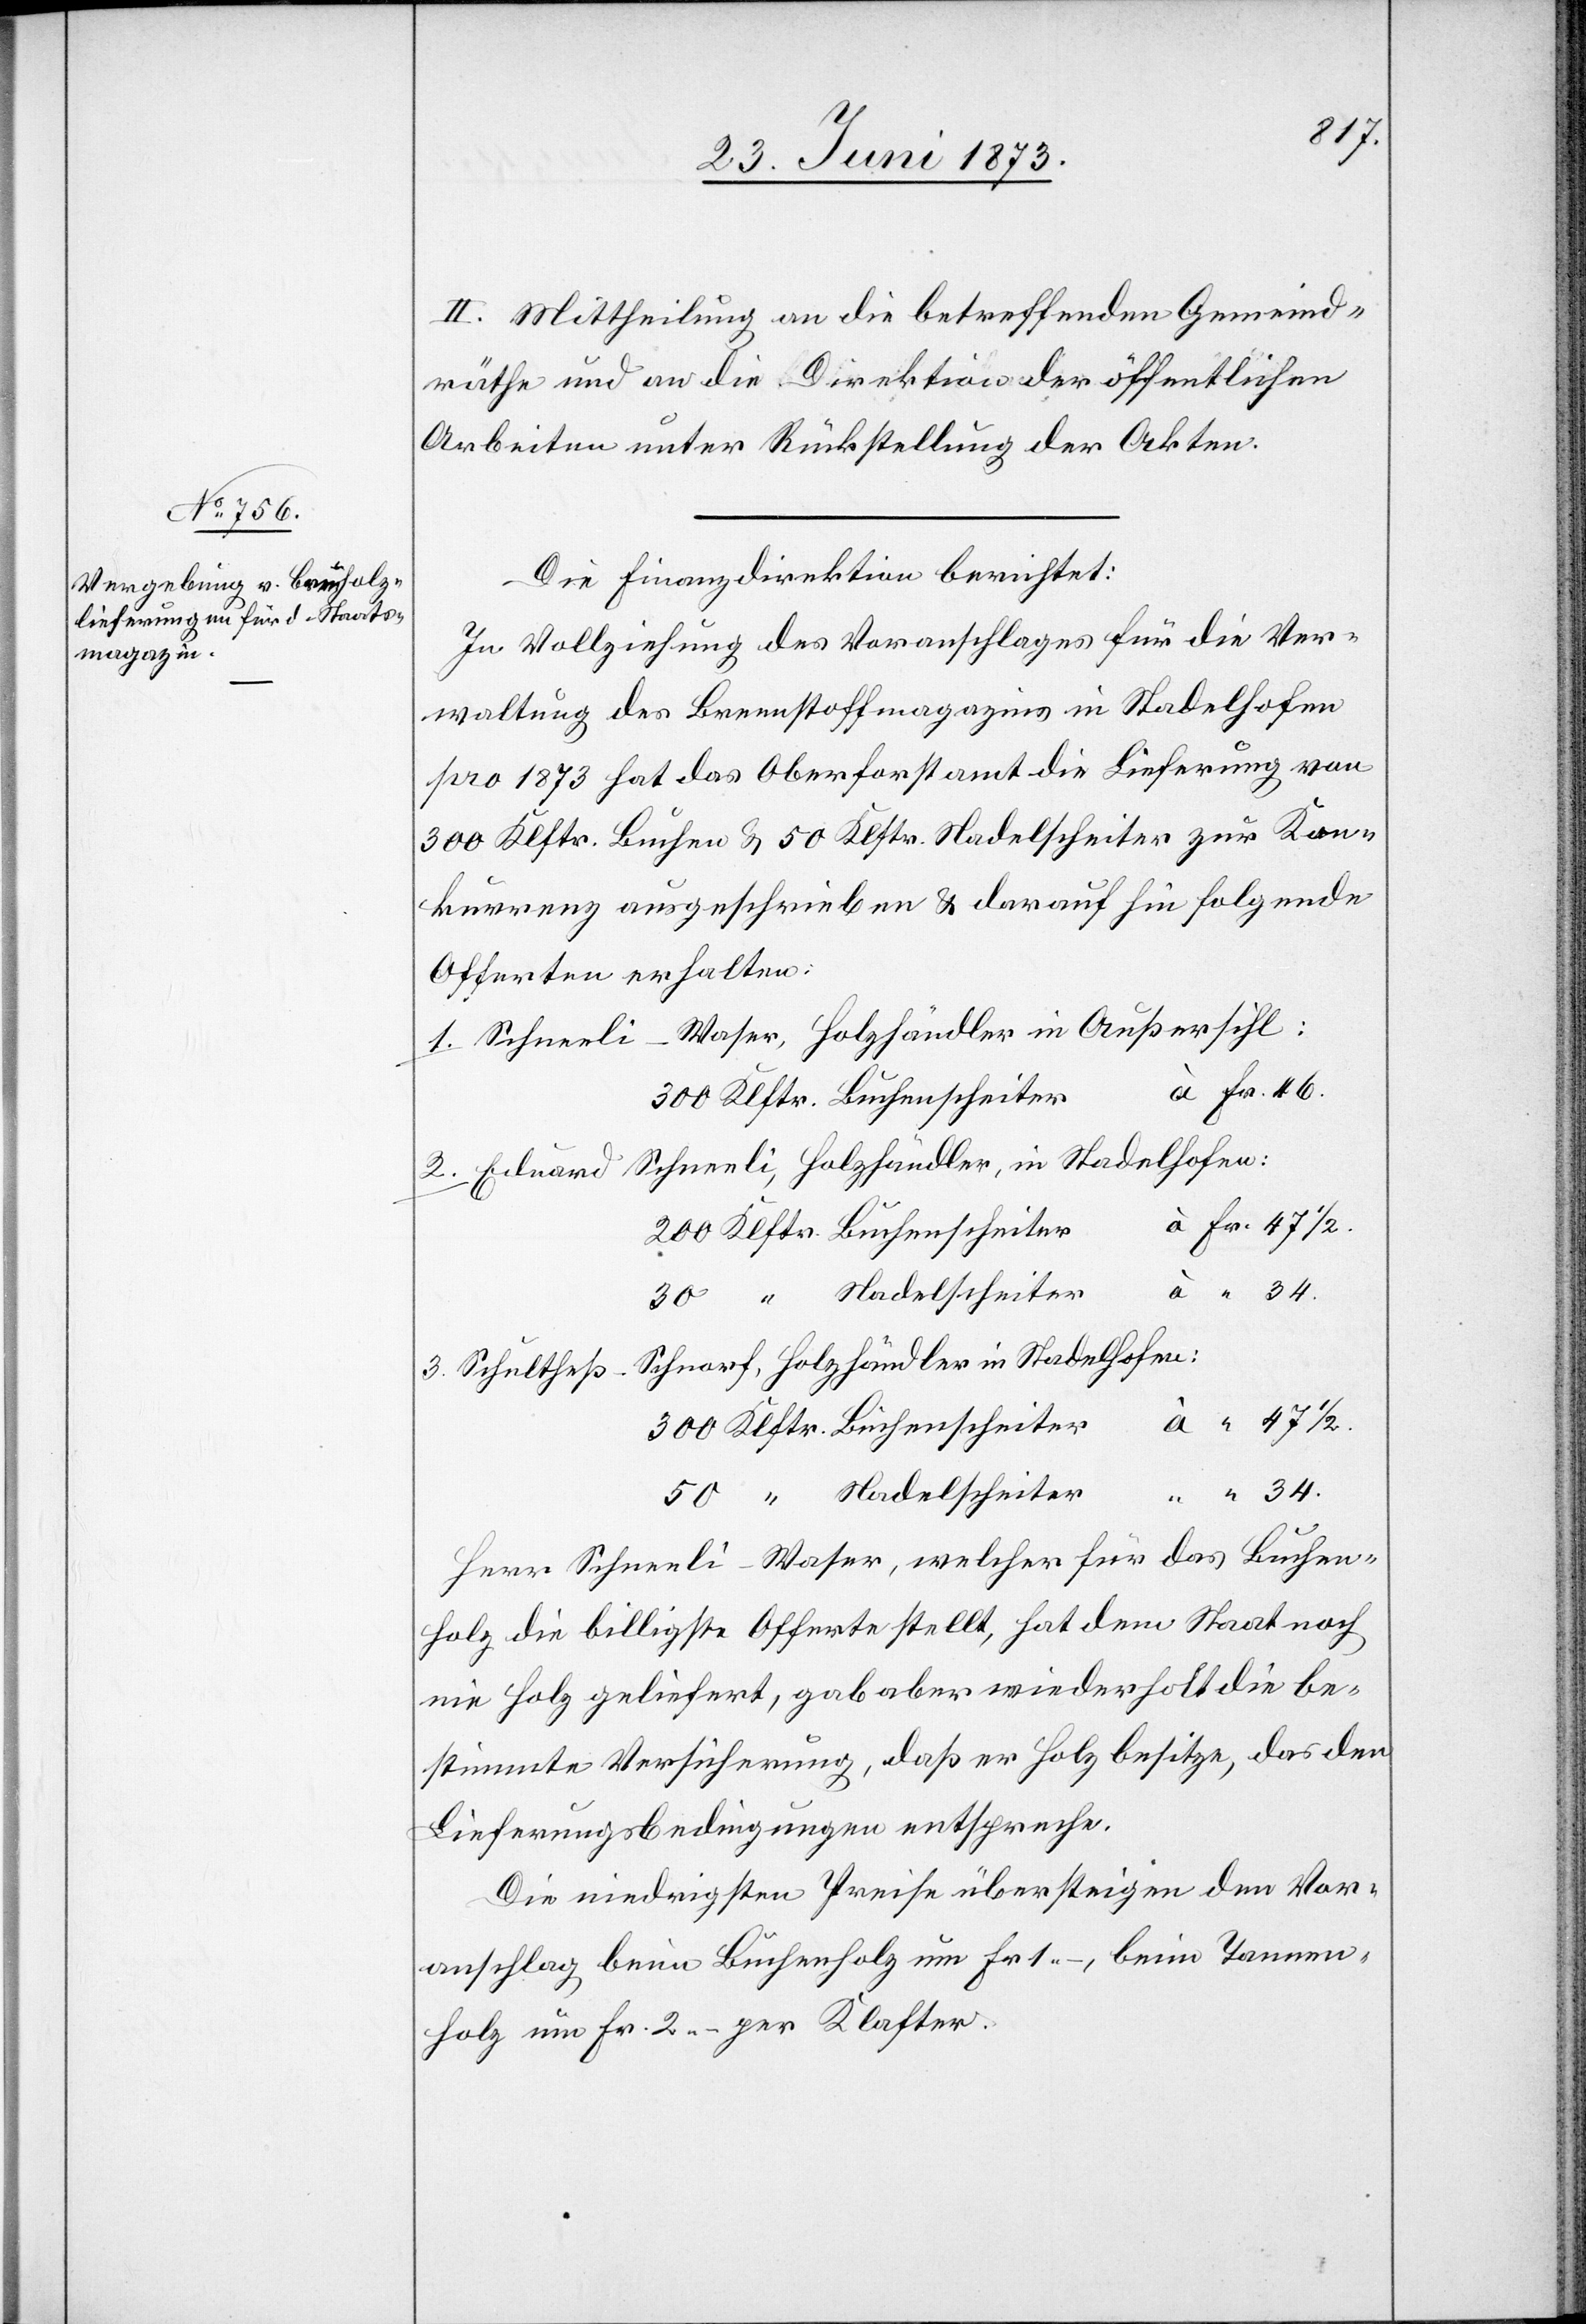
II. Mittheilung an die betreffenden Gemeind¬
räthe und an die Direktion der öffentlichen
Arbeiten unter Rückstellung der Akten.
Die Finanzdirektion berichtet:
In Vollziehung des Voranschlages für die Ver¬
waltung des Brennstoffmagazins in Stadelhofen
pro 1873 hat das Oberforstamt die Lieferung von
300 Klftr. Buchen & 50 Klftr. Nadelscheiter zur Kon¬
kurrenz ausgeschrieben & darauf hin folgende
Offerten erhalten:
Schneeli-Waser, Holzhändler in Außersihl:
Eduard Schneeli, Holzhändler, in Stadelhofen:
ß-Schnorf, Holzhändler in Stadelhofen:
34.
50
Herr Schneeli-Waser, welcher für das Buchen¬
holz die billigste Offerte stellt, hat dem Staat noch
nie Holz geliefert, gab aber wiederholt die be¬
stimmte Versicherung, daß er Holz besitze, das den
Lieferungsbedingungen entspreche.
Die niedrigsten Preise übersteigen den Vor¬
anschlag beim Buchenholz um Fr. 1 –, beim Tannen¬
holz um Fr. 2 – per Klafter.